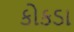
કોકડા